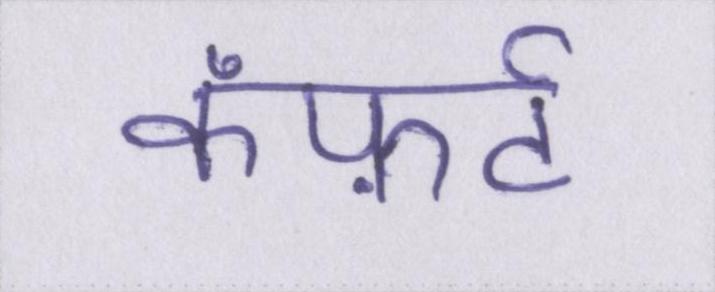
कंफ़र्ट